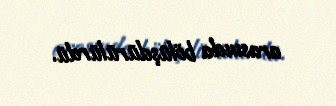
arasında bölüşdürülürdü.